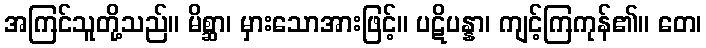
အကြင်သူတို့သည်။ မိစ္ဆာ၊ မှားသောအားဖြင့်။ ပဋိပန္နာ၊ ကျင့်ကြကုန်၏။ တေ၊